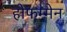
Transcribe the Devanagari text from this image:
होफम्मेन